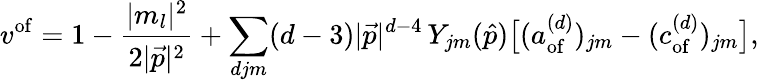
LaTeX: v^{\mathrm{of}}=1-{\frac{|m_{l}|^{2}}{2|{\vec{p}}|^{2}}}+\sum_{djm}(d-3)|{\vec{p}}|^{d-4}\, Y_{jm}({\hat{p}}){\big[}(a_{\mathrm{of}}^{(d)})_{jm}-(c_{\mathrm{of}}^{(d)})_{jm}{\big]},